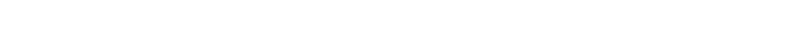
ခေါ်ကြတယ်၊ သံယုတ်အဋ္ဌကထာ ပုဂ္ဂလပညတ် အဋ္ဌကထာများကို ထောက်ဆကြည့်မယ် ဆိုရင်တော့